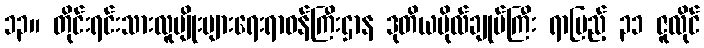
၁၃။ တိုင်းရင်းသားလူမျိုးများရေးရာဝန်ကြီးဌာန ဒုတိယဗိုလ်ချုပ်ကြီး ရာပြည့် ၃၁ ဇူလိုင်